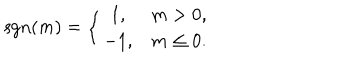
\mathrm { s g n } ( m ) = \left\{ \begin{array} { c c } { { 1 , } } & { { m > 0 , } } \\ { { - 1 , } } & { { m \le 0 . } } \\ \end{array} \right.